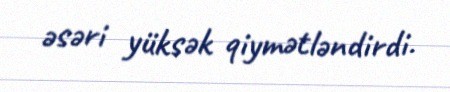
əsəri yüksək qiymətləndirdi.